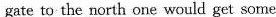
gate to the north one would get some